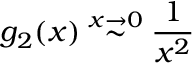
g _ { 2 } ( x ) \stackrel { x \to 0 } { \sim } \frac { 1 } { x ^ { 2 } }